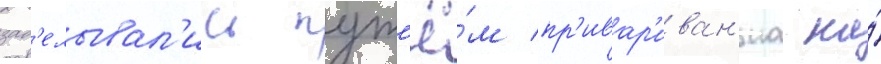
зад'елывал'ись пут'ё́м пр'ивар'иван'иа на́